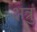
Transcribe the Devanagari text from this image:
क्षत्रु